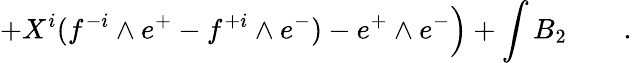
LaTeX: +X^{i}(f^{-i}\wedge e^{+}-f^{+i}\wedge e^{-})-e^{+}\wedge e^{-}\Big)+\int B_{2}\qquad.